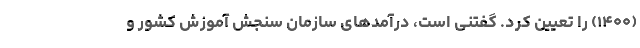
(۱۴۰۰) را تعیین کرد. گفتنی است، درآمدهای سازمان سنجش آموزش کشور و